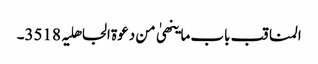
المناقب باب ما ینھیٰ من دعوۃ الجاھلیہ 3518۔